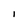
Character: i